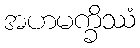
အဟမက္ခိဿံ